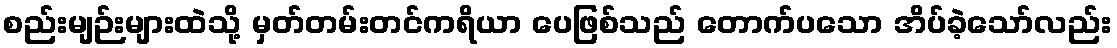
စည်းမျဉ်းများထဲသို့ မှတ်တမ်းတင်ကရိယာ ပေဖြစ်သည် တောက်ပသော အိပ်ခဲ့သော်လည်း